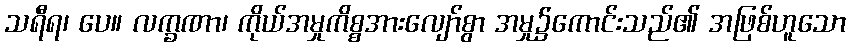
သရီရ၊ ပေ။ လက္ခဏာ၊ ကိုယ်အမှုကိစ္စအားလျော်စွာ အမှု၌ကောင်းသည်၏ အဖြစ်ဟူသော